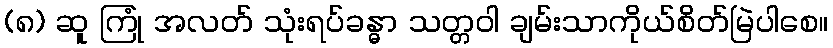
(၈) ဆူ ကြုံ အလတ် သုံးရပ်ခန္ဓာ သတ္တဝါ ချမ်းသာကိုယ်စိတ်မြဲပါစေ။